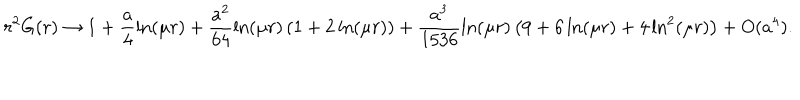
r ^ { 2 } G ( r ) \rightarrow 1 + \frac a 4 \ln ( \mu r ) + \frac { a ^ { 2 } } { 6 4 } \ln ( \mu r ) \left( 1 + 2 \ln ( \mu r ) \right) + \frac { a ^ { 3 } } { 1 5 3 6 } \ln ( \mu r ) \left( 9 + 6 \ln ( \mu r ) + 4 \ln ^ { 2 } ( \mu r ) \right) + O ( a ^ { 4 } ) .